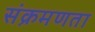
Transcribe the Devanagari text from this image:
संक्रमणता